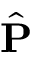
\hat { \bf P }